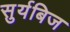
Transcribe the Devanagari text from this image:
सुर्यबिज